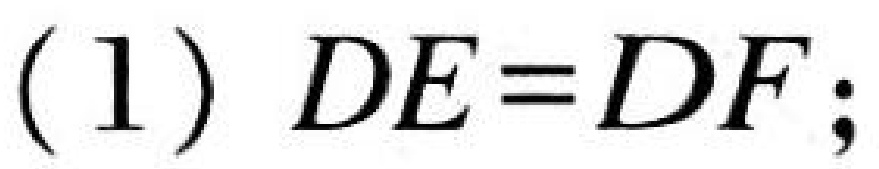
(1) $DE = DF;$